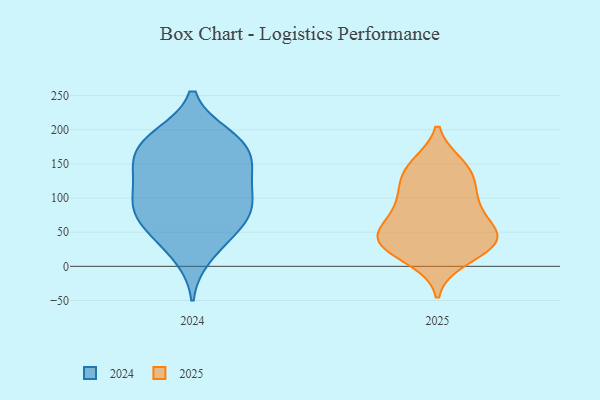
{"axis": {"x": "Humidity (%)", "y": "Value"}, "legend": ["2024", "2025"], "data": [{"x": "", "y": 145, "type": "2024"}, {"x": "", "y": 85, "type": "2024"}, {"x": "", "y": 138, "type": "2024"}, {"x": "", "y": 176, "type": "2024"}, {"x": "", "y": 39, "type": "2024"}, {"x": "", "y": 15, "type": "2024"}, {"x": "", "y": 191, "type": "2024"}, {"x": "", "y": 147, "type": "2024"}, {"x": "", "y": 191, "type": "2024"}, {"x": "", "y": 67, "type": "2024"}, {"x": "", "y": 52, "type": "2024"}, {"x": "", "y": 182, "type": "2024"}, {"x": "", "y": 125, "type": "2024"}, {"x": "", "y": 108, "type": "2024"}, {"x": "", "y": 80, "type": "2024"}, {"x": "", "y": 166, "type": "2024"}, {"x": "", "y": 81, "type": "2024"}, {"x": "", "y": 95, "type": "2024"}, {"x": "", "y": 88, "type": "2025"}, {"x": "", "y": 38, "type": "2025"}, {"x": "", "y": 105, "type": "2025"}, {"x": "", "y": 80, "type": "2025"}, {"x": "", "y": 135, "type": "2025"}, {"x": "", "y": 98, "type": "2025"}, {"x": "", "y": 148, "type": "2025"}, {"x": "", "y": 21, "type": "2025"}, {"x": "", "y": 149, "type": "2025"}, {"x": "", "y": 10, "type": "2025"}, {"x": "", "y": 52, "type": "2025"}, {"x": "", "y": 46, "type": "2025"}, {"x": "", "y": 130, "type": "2025"}, {"x": "", "y": 29, "type": "2025"}, {"x": "", "y": 44, "type": "2025"}, {"x": "", "y": 50, "type": "2025"}, {"x": "", "y": 36, "type": "2025"}]}